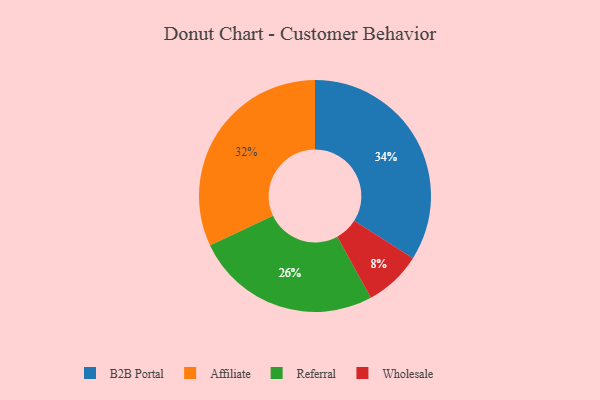
{"axis": {"x": "Category", "y": "Percentage"}, "legend": ["Affiliate", "B2B Portal", "Referral", "Wholesale"], "data": [{"x": "Wholesale", "y": 8, "type": "Wholesale"}, {"x": "Affiliate", "y": 32, "type": "Affiliate"}, {"x": "B2B Portal", "y": 34, "type": "B2B Portal"}, {"x": "Referral", "y": 26, "type": "Referral"}]}